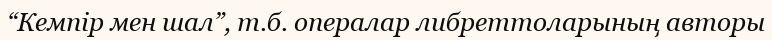
“Кемпір мен шал”, т.б. опералар либреттоларының авторы